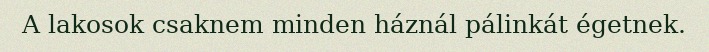
A lakosok csaknem minden háznál pálinkát égetnek.